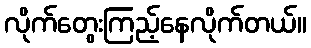
လိုက်တွေးကြည့်နေလိုက်တယ်။